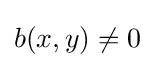
b(x,y)\neq 0